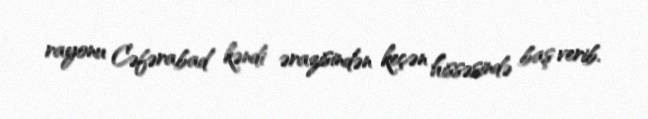
rayonu Cəfərabad kəndi ərazisindən keçən hissəsində baş verib.